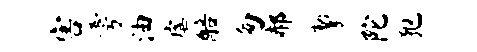
害雩油虐醅匆郝掣陀犯